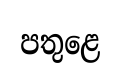
පතුළෙ